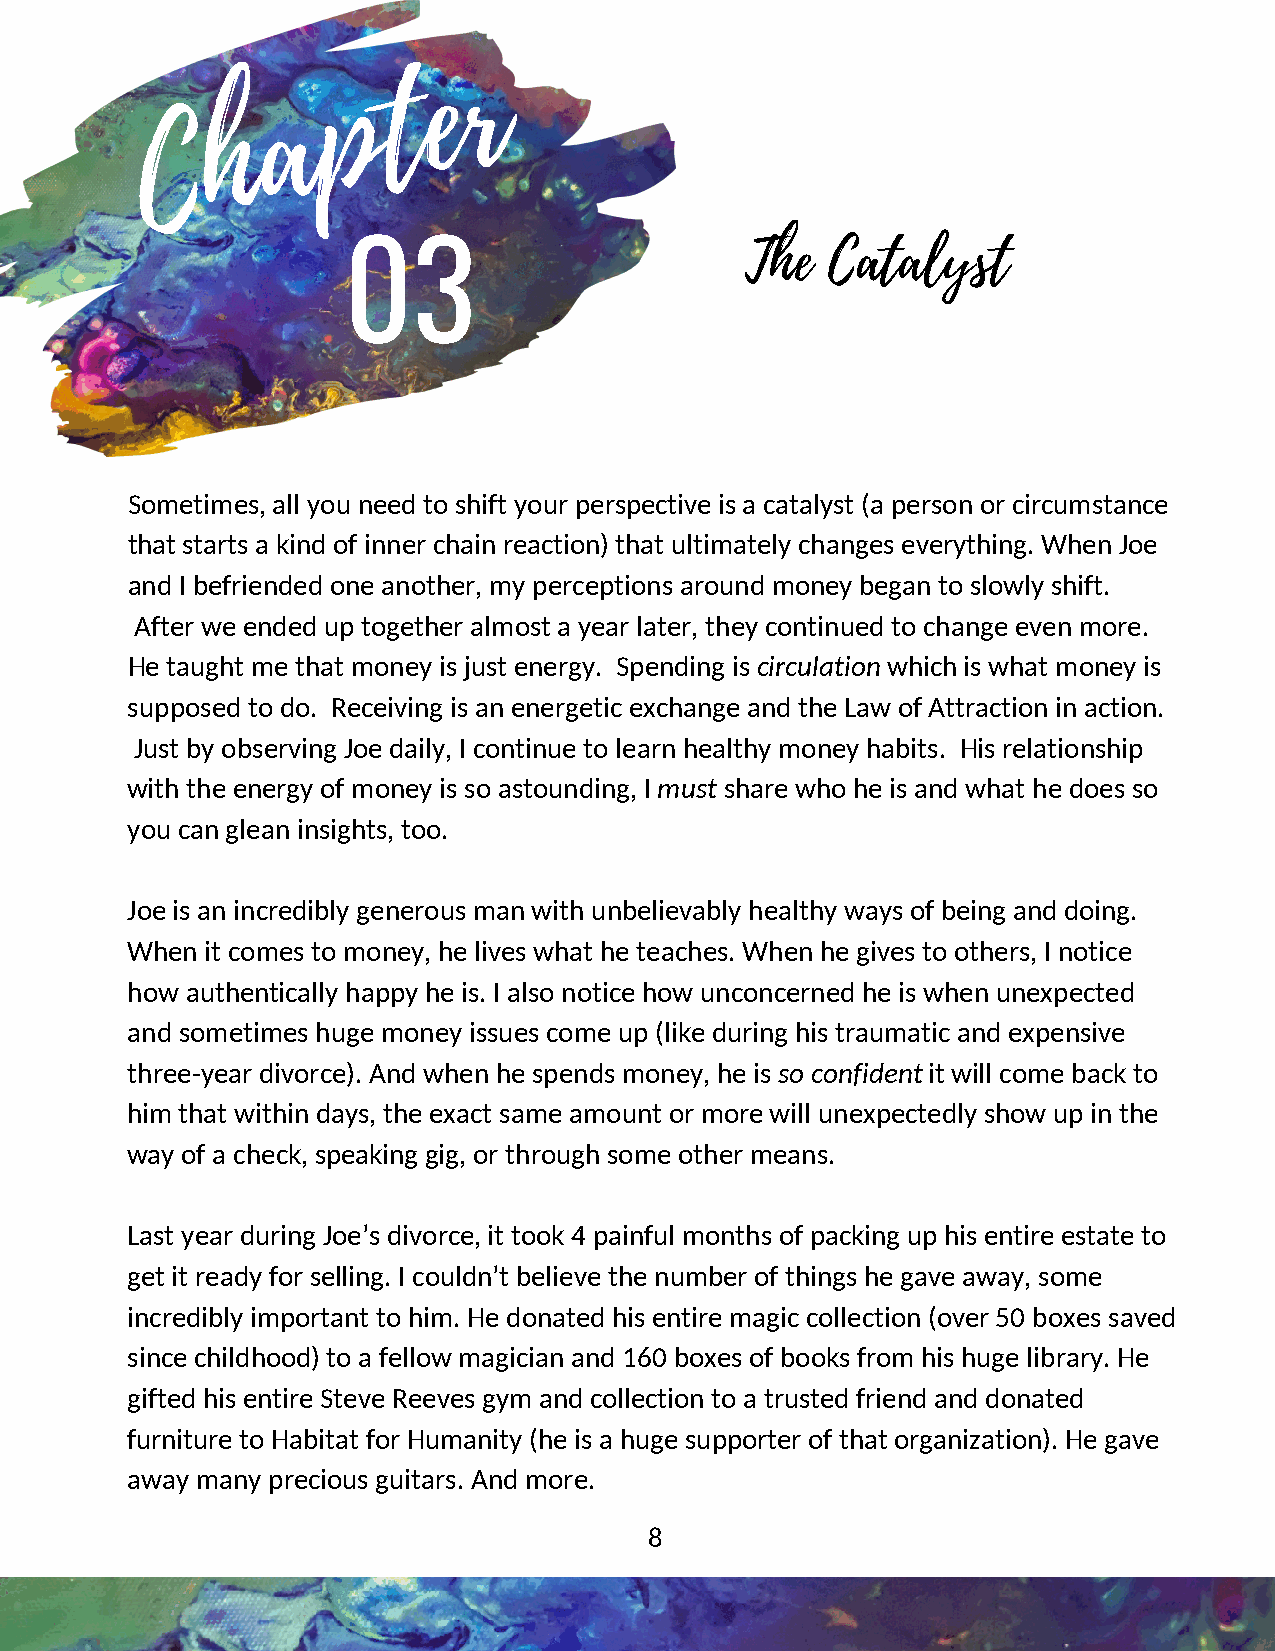
r
 e
 t
 p
 a
 h
 C
 The   Catalyst
 03
 Sometimes, all you need to shift your perspective is a catalyst (a person or circumstance
 that starts a kind of inner chain reaction) that ultimately changes everything. When Joe
 and I befriended one another, my perceptions around money began to slowly shift.
 After we ended up together almost a year later, they continued to change even more.
 He taught me that money is just energy. Spending is circulation which is what money is
 supposed to do. Receiving is an energetic exchange and the Law of Attraction in action.
 Just by observing Joe daily, I continue to learn healthy money habits. His relationship
 with the energy of money is so astounding, I must share who he is and what he does so
 you can glean insights, too.
 Joe is an incredibly generous man with unbelievably healthy ways of being and doing.
 When  it comes to money, he lives what he teaches. When he gives to others, I notice
 how authentically happy he is. I also notice how unconcerned he is when unexpected
 and sometimes huge money issues come up (like during his traumatic and expensive
 three-year divorce). And when he spends money, he is so confident it will come back to
 him that within days, the exact same amount or more will unexpectedly show up in the
 way of a check, speaking gig, or through some other means.
 Last year during Joe’s divorce, it took 4 painful months of packing up his entire estate to
 get it ready for selling. I couldn’t believe the number of things he gave away, some
 incredibly important to him. He donated his entire magic collection (over 50 boxes saved
 since childhood) to a fellow magician and 160 boxes of books from his huge library. He
 gifted his entire Steve Reeves gym and collection to a trusted friend and donated
 furniture to Habitat for Humanity (he is a huge supporter of that organization). He gave
 away many precious guitars. And more.
 8